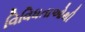
વિવિધતાઓથી